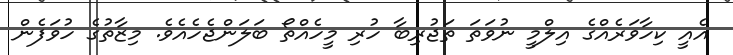
އެއީ ކިހާވަރެއްގެ އިލްމީ ނުވަތަ ތަޖުރިބާ ހުރި މީހެއްތޯ ބަލަންޖެހެއެވެ. މިޒާތުގެ ހުވަފެން